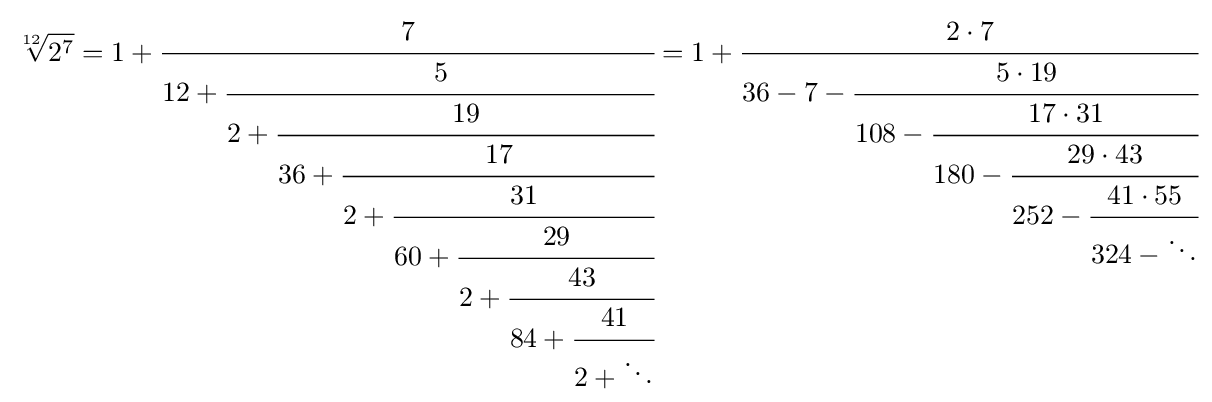
{\sqrt[{12}]{2^{7}}}=1+{\cfrac {7}{12+{\cfrac {5}{2+{\cfrac {19}{36+{\cfrac {17}{2+{\cfrac {31}{60+{\cfrac {29}{2+{\cfrac {43}{84+{\cfrac {41}{2+\ddots }}}}}}}}}}}}}}}}=1+{\cfrac {2\cdot 7}{36-7-{\cfrac {5\cdot 19}{108-{\cfrac {17\cdot 31}{180-{\cfrac {29\cdot 43}{252-{\cfrac {41\cdot 55}{324-\ddots }}}}}}}}}}